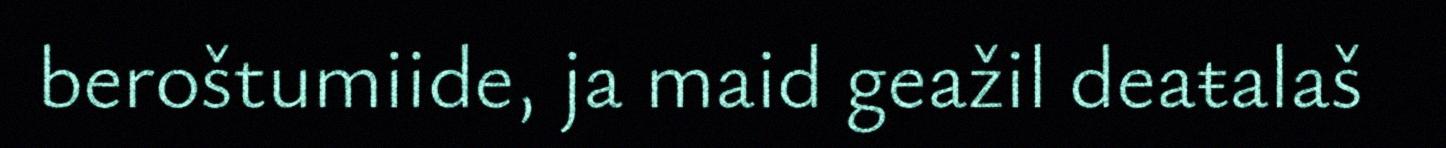
beroštumiide, ja maid geažil deaŧalaš